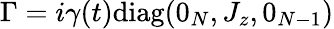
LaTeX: \Gamma=i\gamma(t)\textrm{diag}(0_{N},J_{z},0_{N-1})